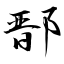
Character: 鄑